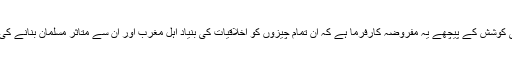
ایسا ثابت کرنے کی کوشش کے پیچھے یہ مفروضہ کارفرما ہے کہ ان تمام چیزوں کو اخلاقیات کی بنیاد اہل مغرب اور ان سے متاثر مسلمان بنانے کی کوشش کرتے ہیں۔